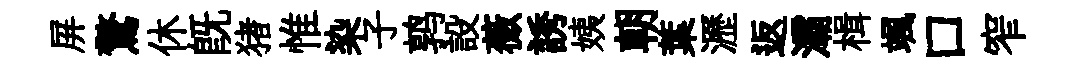
屏驚休旣猪惟染子鹑設薇誘姨朝葉瀝返灞楫颯口窄